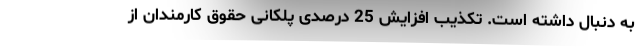
به دنبال داشته است. تکذیب افزایش 25 درصدی پلکانی حقوق کارمندان از